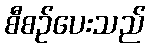
စီစဉ်ပေးသည်